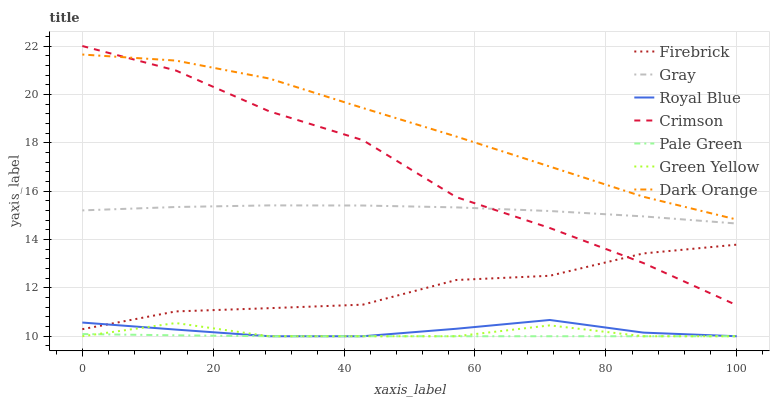
| xaxis_label | Firebrick | Gray | Royal Blue | Crimson | Pale Green | Green Yellow | Dark Orange |
 | --- | --- | --- | --- | --- | --- | --- | --- |
 | 0 | 10.3 | 15.2 | 10.6 | 22 | 10.1 | 10 | 21.6 |
 | 14.3 | 11 | 15.3 | 10.3 | 21 | 10 | 10.5 | 21.4 |
 | 28.6 | 11.2 | 15.4 | 10 | 19.3 | 10 | 10 | 20.7 |
 | 42.9 | 11.3 | 15.4 | 10 | 18.1 | 10 | 10 | 19.4 |
 | 57.1 | 12.3 | 15.3 | 10.3 | 15.8 | 10 | 10 | 18.3 |
 | 71.4 | 12.5 | 15.2 | 10.7 | 14.5 | 10 | 10.4 | 17 |
 | 85.7 | 13.4 | 15 | 10.2 | 13 | 10 | 10 | 15.8 |
 | 100 | 13.8 | 14.7 | 10 | 11.3 | 10 | 10 | 14.8 |